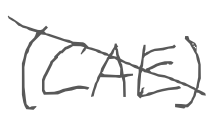
Text: (CAE)
Cross-out: diagonal
Writing tool: digital_gray